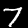
Label: 7